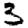
Digit: 3